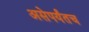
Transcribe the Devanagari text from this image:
असेपर्यंतच